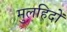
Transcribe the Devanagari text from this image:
मुलहिदों